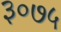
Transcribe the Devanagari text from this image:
३०७५